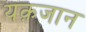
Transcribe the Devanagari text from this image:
यक़जान